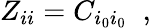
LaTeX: Z_{ii}=C_{i_{0}i_{0}}\; \; ,